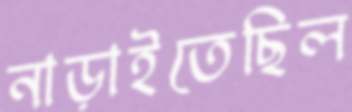
নাড়াইতেছিল